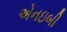
એનઇબી